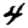
Digit: 4